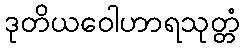
ဒုတိယဝေါဟာရသုတ္တံ